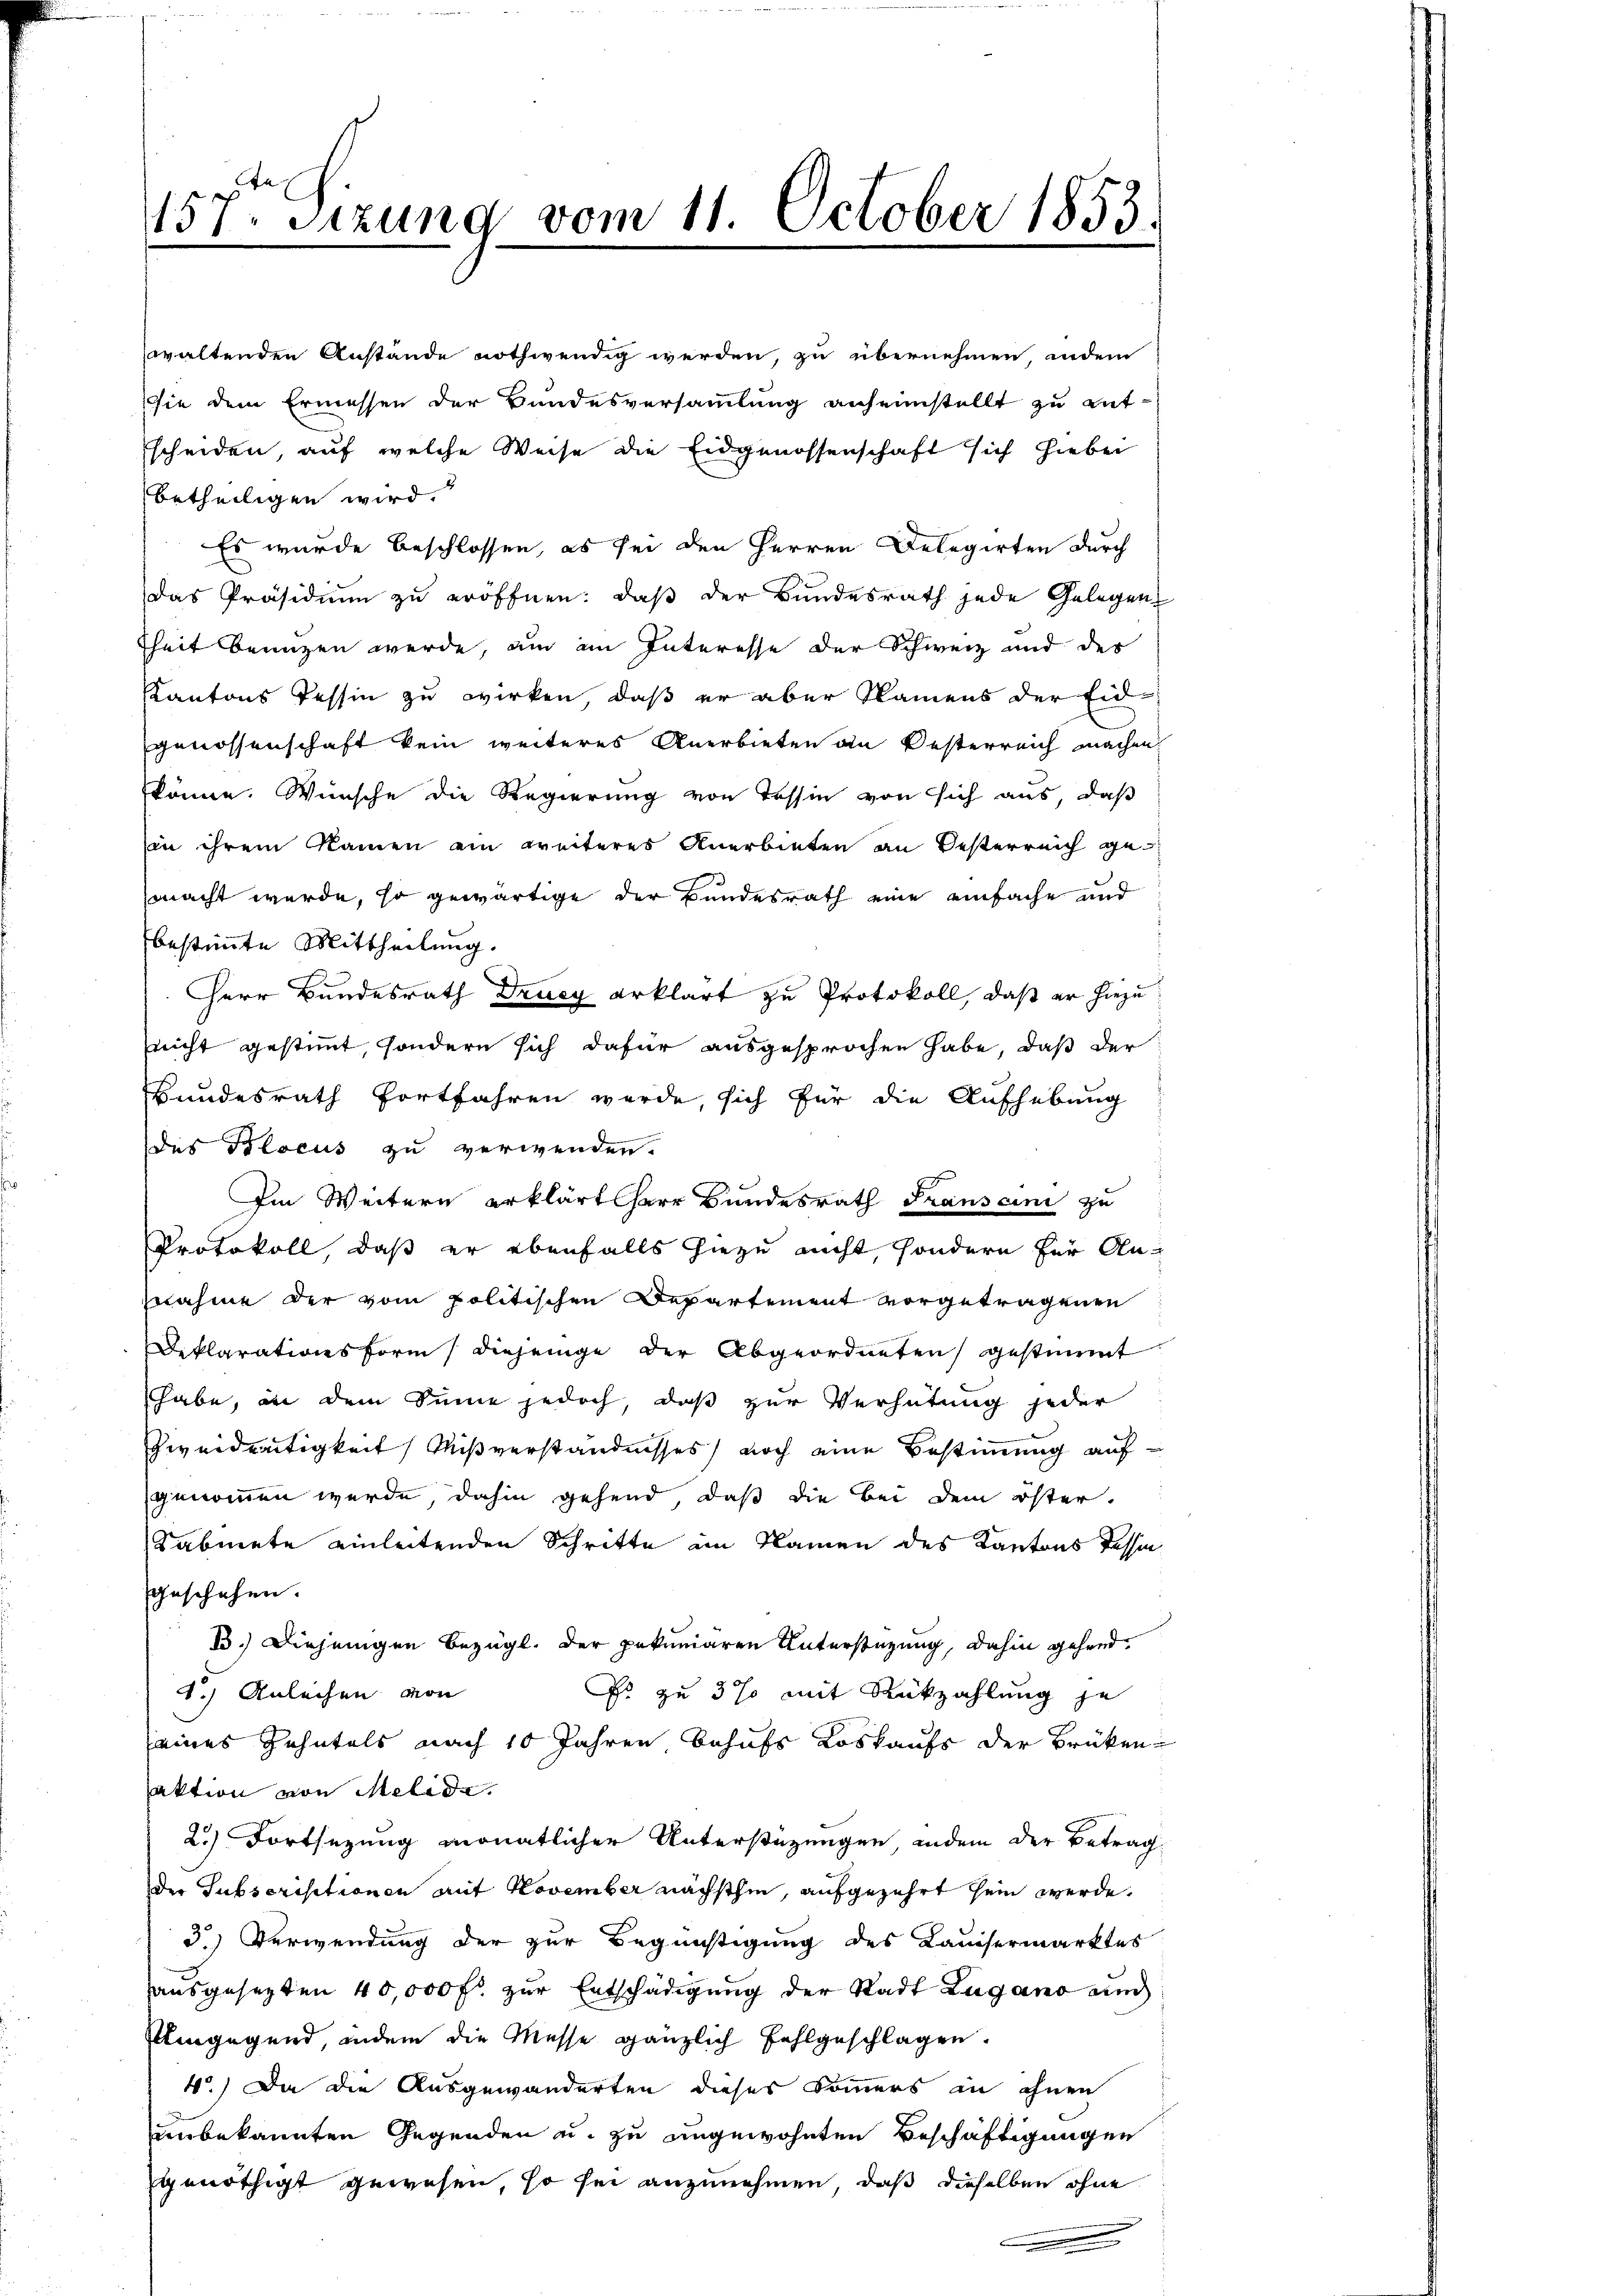
157. Sizung vom 11. October 1853.
d
mmungen

waltenden Anstände nothwendig werden, zu übernehmen, indem
sie dem Ermessen der Bundesversammlung anheimstellt zu ent-
scheiden, auf welche Weise die Eidgenossenschaft sich hiebei
betheiligen wird.
Es wurde beschlossen, es sei den Herren Delegirten durch
Das Präsidiŭm zŭ eröffnen: daβ der Bŭndesrath jede Gelegen
kheit benuzen werde, um im Interesse der Schweiz und der
Kantons Tessin zu wirken, daß er aber Namens der Eid-
genossenschaft kein weiteres Anerbieten an Oesterreich machen
könne. Wünsche die Regierung von Tessin von sich aus, daß
hin ihrem Namen ein weiteres Anerbieten an Oesterreich gemacht werde, so gewärtige der Bundesrath eine einfache und
bestimmte Mittheilung.
Herr Bundesrath Drucy erklärt zu Protokoll, daß er hiezu
nnicht gestimmt, sondern sich dafür ausgesprochen habe, daß der
Bundesrath fortfahren werde, sich für die Aufhebung
des Polocus zu verwenden.
Im Weitern erklärt herr Bundesrath Transcini zu
Protokoll, daß er ebenfalls hiezu nicht, sondern für An-
snahme der vom politischen Departement vorgetragenen
Deklarationsform diejenige der Abgeordneten gestimmt
habe, in dem Sinne jedoch, daß zur Verhütung jeder
Zweidseitigkeit Mißverständnisses noch eine Bestimmung aufgenommen werde, dahin gehend, daß die Bei dem öster-
Sabmete einleitenden Schritte im Namen des Kantons Tessin
sgeschehen.
13.) Diejenigen Bezügl. der pekuniären Unterstützung, dahin gehand¬
1.) Anleihen von
Es zu 3 % mit Rückzahlung je
eines Zehntels nach 10 Jahren, behufs Loskaufs der Brüken
aktion von Melida.
2.) Fortsezung monatlicher Unterstüzungen, indem der Betrag
der Subscriptionen mit November nächsthin, aufgezehrt sein werde.
3) Verwendung der zur Begünstigung des Lauisermarktes
ausgesezten 40,000 f. zur Entschädigung der Stadt Lugano und
Ulingegend, indem die Messe gänzlich fehlgeschlagen.
4.) Da die Ausgewänderten dieses Sommers in ihnen
unbekannten Gegenden u. zu angewohnten Beschäftigungen
genöthigt gewesen, so sei anzunehmen, daß dieselben ohne